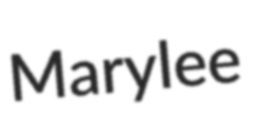
Marylee